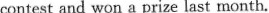
contest and won a prize last month.